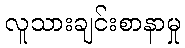
လူသားချင်းစာနာမှု